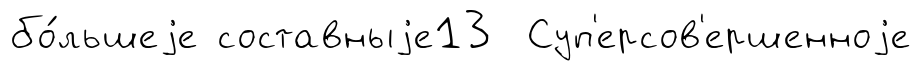
бо́льшеjе составныjе13 Суп'ерсов'ершенноjе